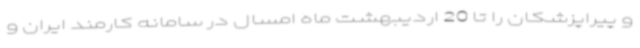
و پیراپزشکان را تا 20 اردیبهشت ماه امسال در سامانه کارمند ایران و